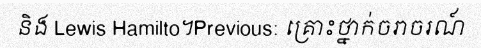
និង Lewis Hamilto។Previous: គ្រោះថ្នាក់ចរាចរណ៍